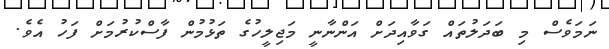
ނަމަވެސް މި ބަދަލުތައް ގަވާއިދަށް އަންނާނީ މަޖިލީހުގެ ތަޅުމުން ފާސްކުރުމަށް ފަހު އެވެ.